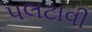
પલટાવી